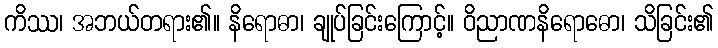
ကိဿ၊ အဘယ်တရား၏။ နိရောဓာ၊ ချုပ်ခြင်းကြောင့်။ ဝိညာဏနိရောဓော၊ သိခြင်း၏